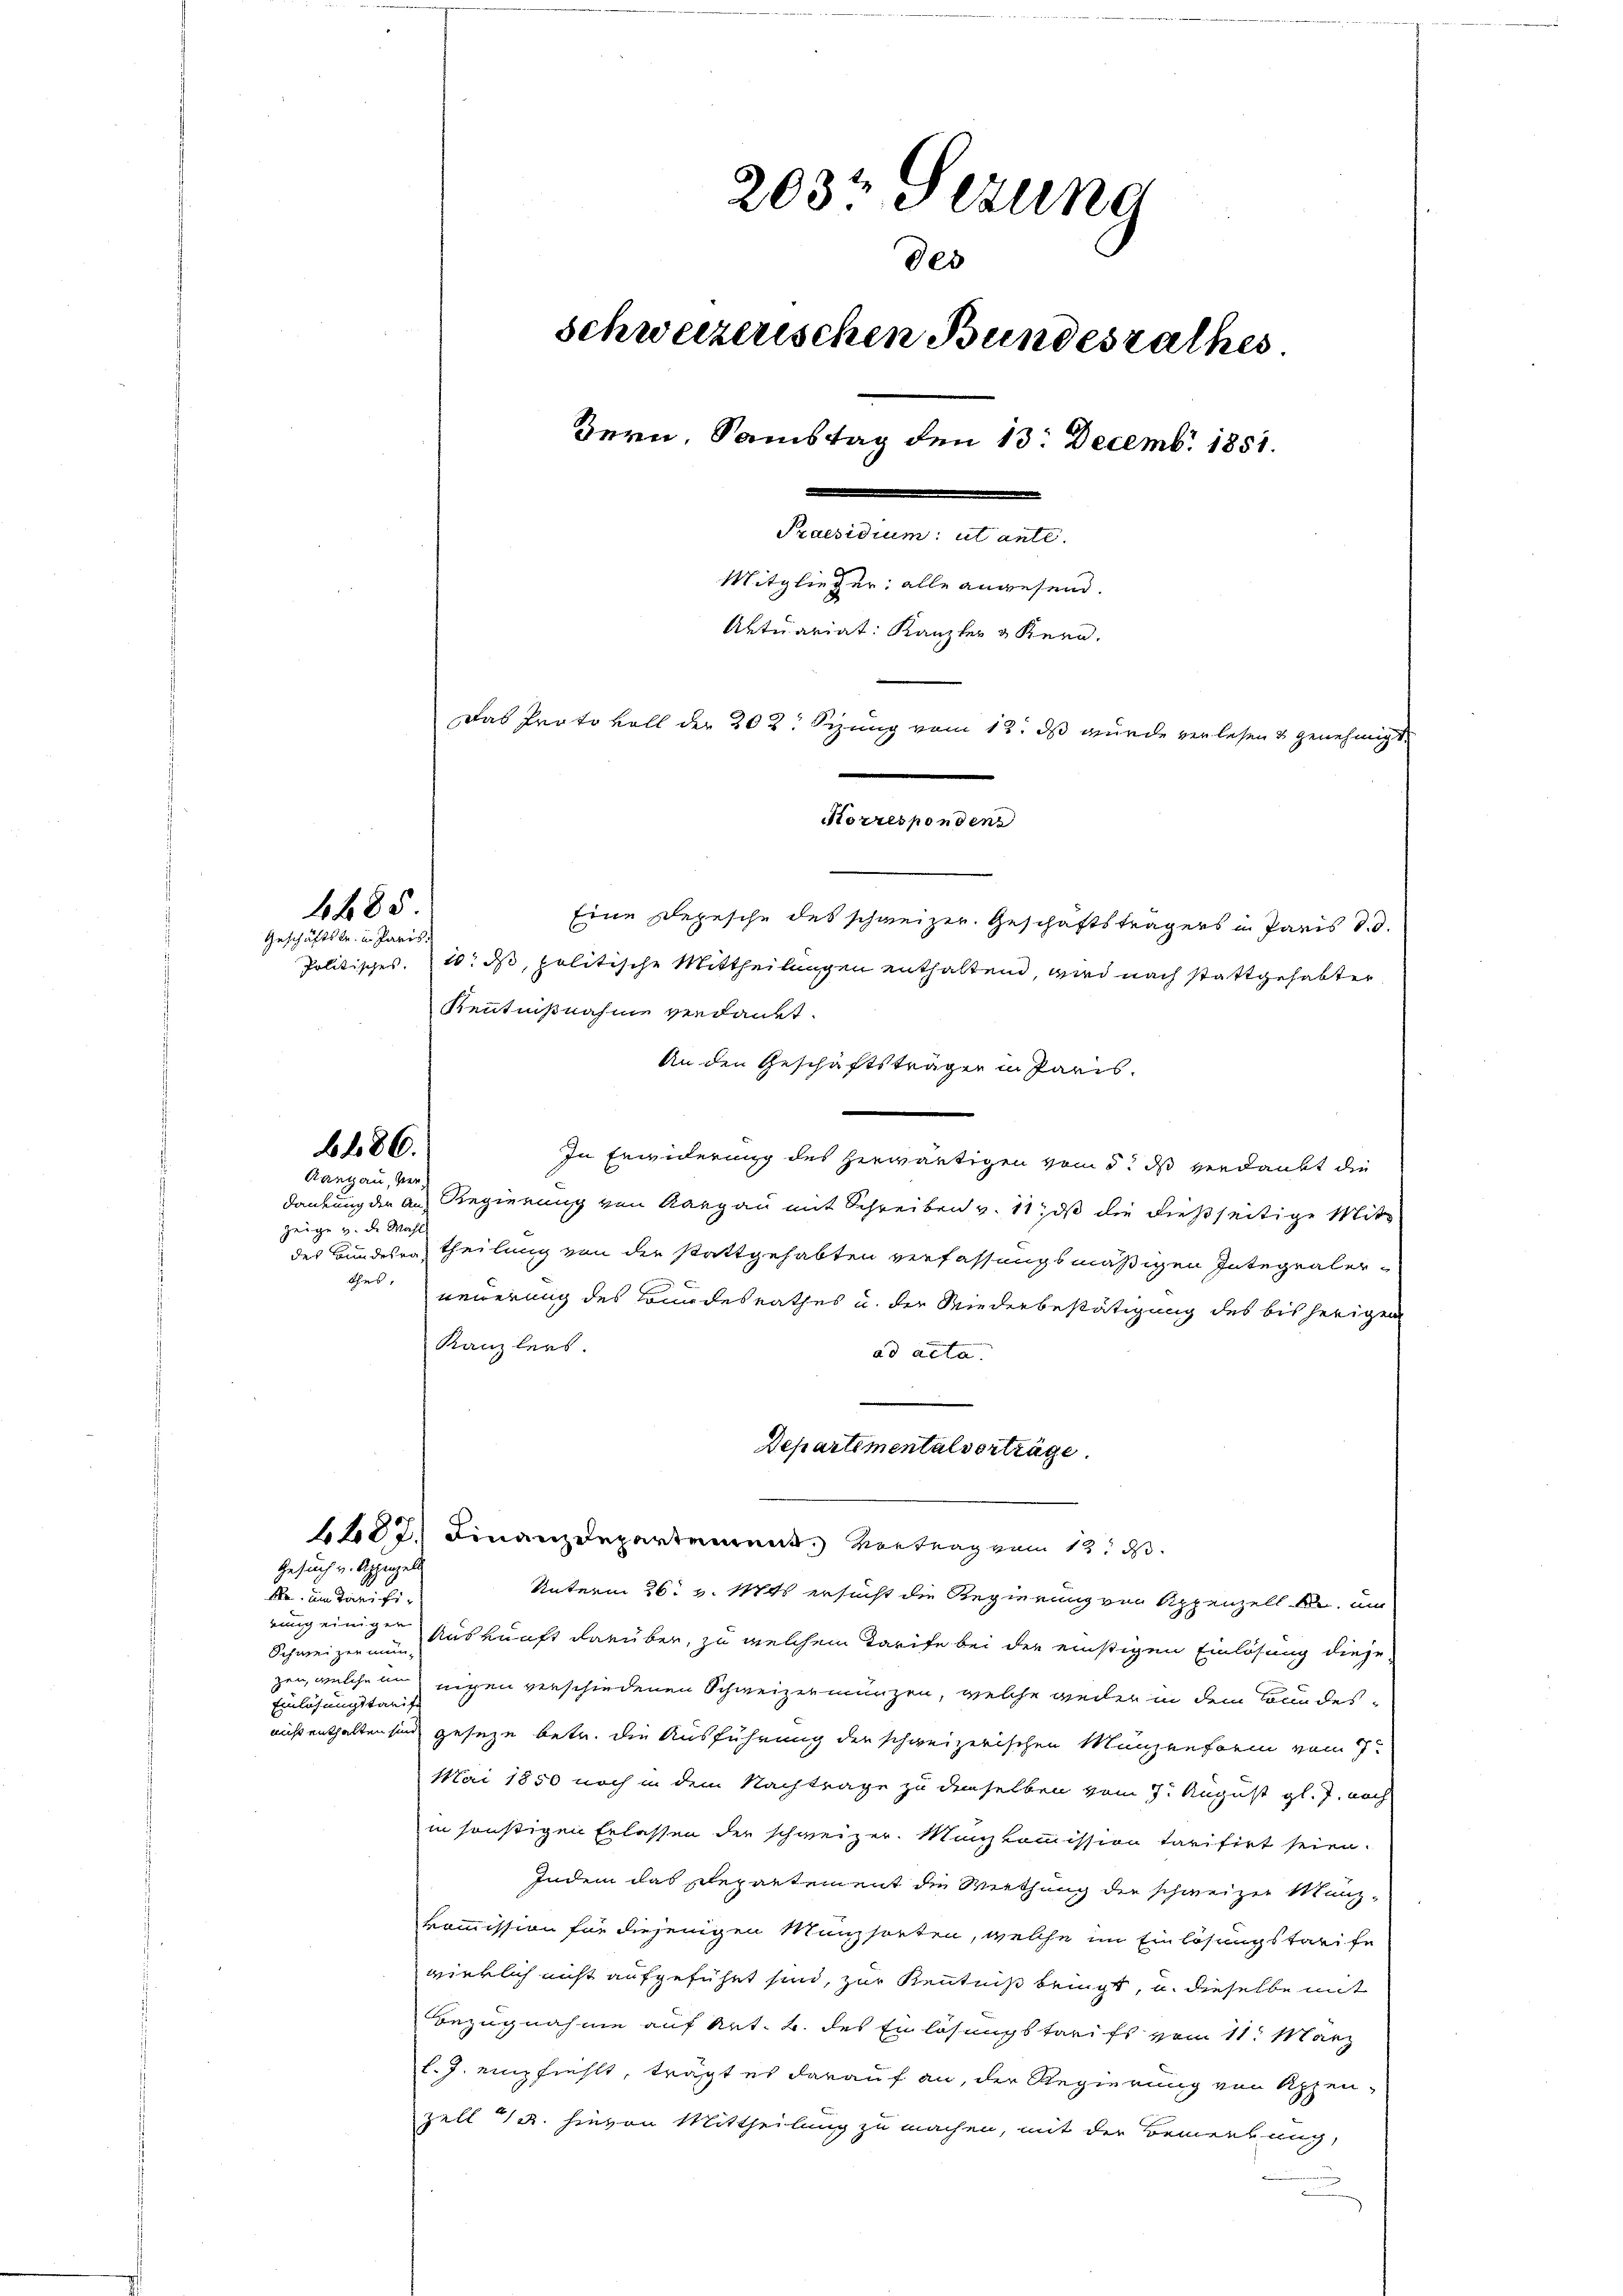
1485
Geschäftstr. in Paris.

b486.
Rangau, ver

zeige v. de Mahl

Eine Depesche des schweizer. Geschäftsträgers in Paris d. d.
Politisches. 10. ds, politische Mittheilungen enthaltend, wird nach stattgehabter
Kenntnißnahme verdankt.
An den Geschäftsträgen in Paris.
In Erwiderung des herwärtigen vom 5. ds verdankt die
dankung der an Regierung von Aargau mit Schreiben v. 11, dß die dießseitige Mitdes Bundesrat Theilung von der stattgehabten verfassungsmäßigen Integraler-
thes,
neuerung des Bundesrathes u. der Wiederbestätigung des bisherigen
Kanzlers.
ad acta.
1422. Finanzdepartement. Vortrag vom 12. d.
Gesuch v. Appenzel
Unterm 26. v. Mts ersucht die Regierung von Appenzell u. um
kr. am Tarifirung einiger Auskunft darüber, zu welchem Tarife bei der einstigen Einlösung diese
Schweizer mun
zen, welche in eigen verschiedenen Schweizermünzen, welche wieder in dem Bundes¬
Einlösungstreife
nicht enthalten sind geseze betr. die Ausführung der schweizerischen Münzenform vom 7ten
Mai 1850 noch in dem Nachträge zu demselben vom 7. August gl. J. noch
in sonstigen Erlassen der schweizer. Manzkommission tarifirt seien.
Indem das Repartement die Wiethung der schweizer Münz-
kommission für diejenigen Münzsorten, welche im Einlösungstarife
wirklich nicht aufgeführt sind, zur Kenntniß bringt, u. dieselbe mit
Bezugnahme auf Art. 2. des Einlösungstarifs vom 11. März
l. J. empfiehlt, trägt es darauf an, der Regierung von Appen-
zell 12. hievon Mittheilung zu machen, mit der Bemerkung,

203. Sezung
des
schweizerischen Bundesrathes.
Bern, Samstag den 13. Decemb. 1851.
Praesidium: utante.
Mitglieger, alle angesend.
Aktuariat: Kanzler & Kern,
Das Protokoll der 202. Sizung vom 12. ds wurde verlesen & genehmigte
Korrespondene

Departementalverträge.